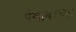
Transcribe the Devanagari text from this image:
पंखावरच्या